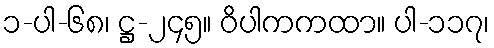
၁-ပါ-၆၈၊ ဋ္ဌ-၂၄၅။ ဝိပါကကထာ။ ပါ-၁၁၇၊